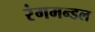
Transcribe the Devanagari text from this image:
रंगमन्डल